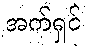
အက်ရှင်